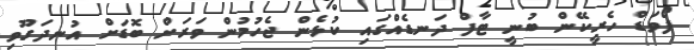
ފޯވަޑް ހެރީކޭން ބުނީ ޓާފް ދަނޑެއްގައި ކުޅެން ޖެހުމުން ވަރަށް ބޮޑަށް އުނދަގޫވި